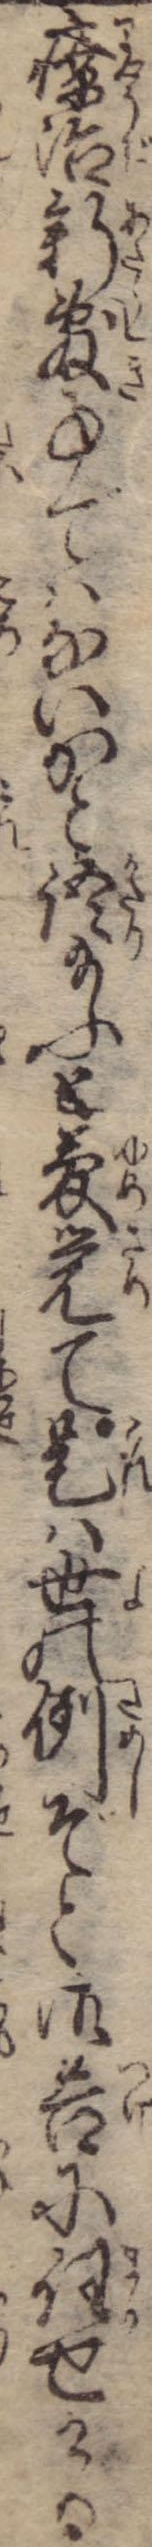
療治新敷事ではないかと語給ふと夢覚て是は世の例ぞと御告に任せける